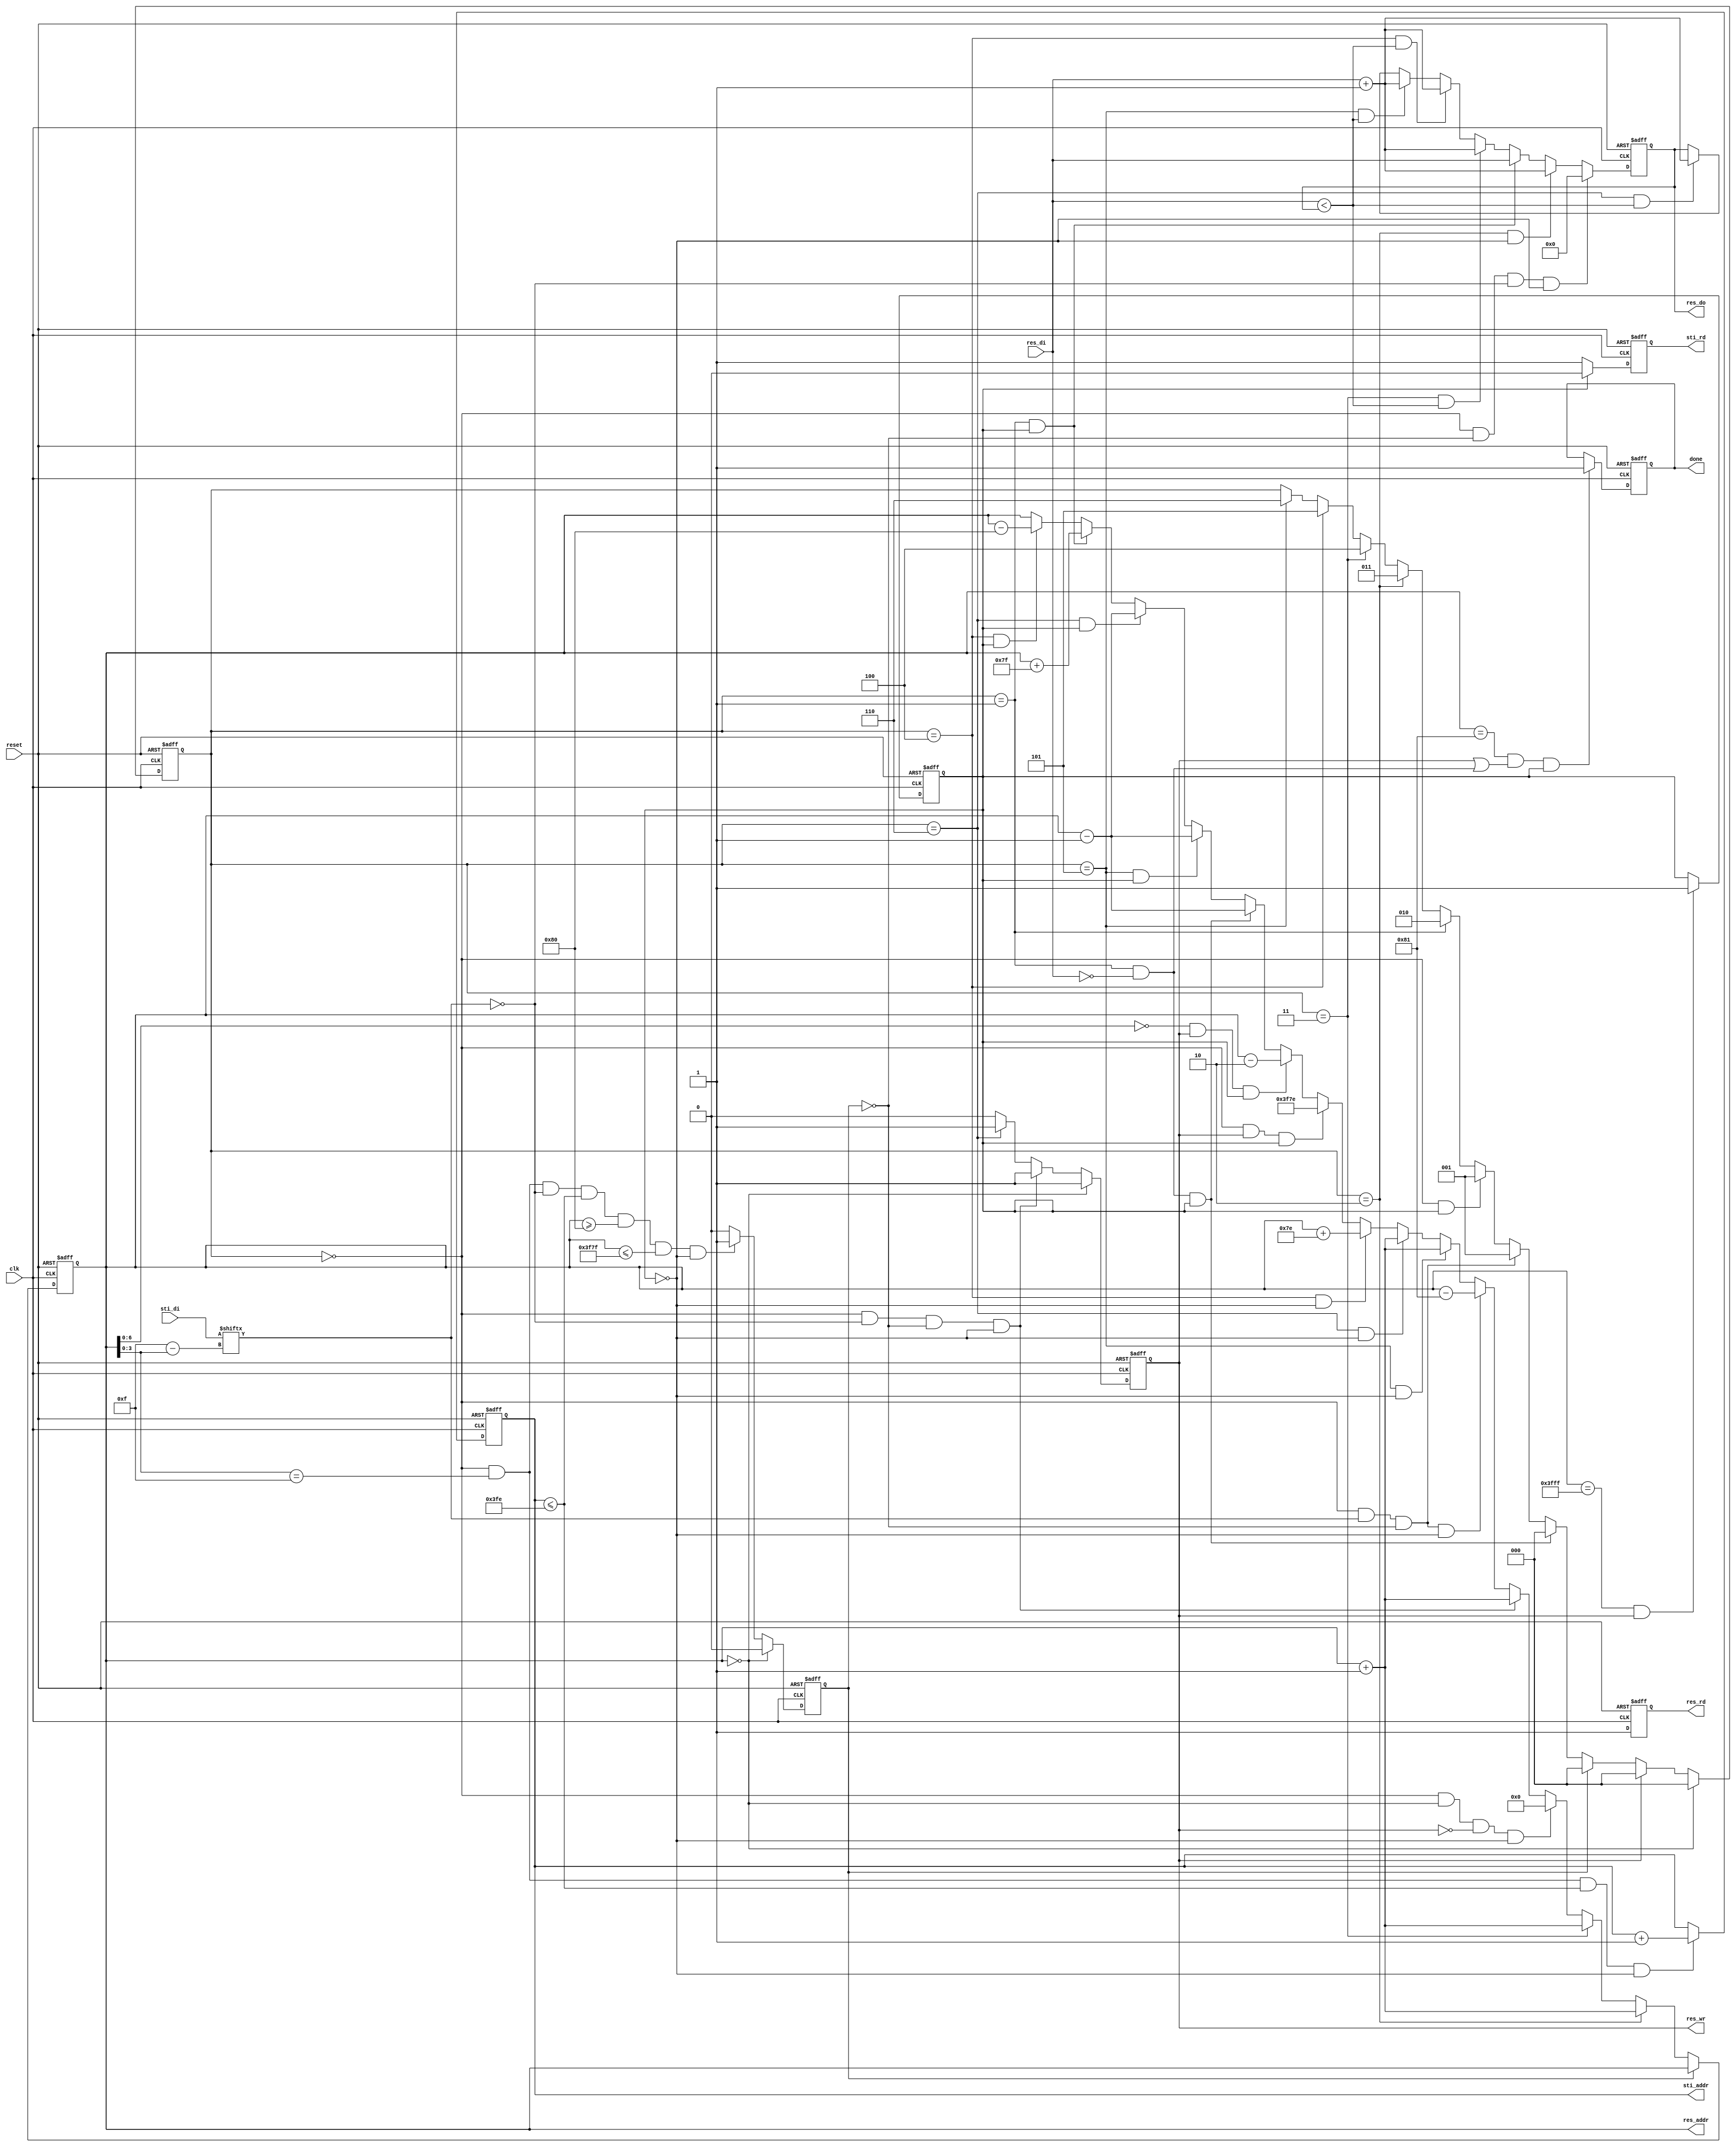
module DT(
	input 			clk, 
	input			reset,
	output	reg		done=0 ,
	output	reg		sti_rd=0 ,
	output	reg 	[9:0]	sti_addr=0 ,
	input		[15:0]	sti_di,
	output	reg		res_wr=0 ,
	output	reg		res_rd=0,
	output	reg 	[13:0]	res_addr=0 ,
	output	reg 	[7:0]	res_do=0,
	input		[7:0]	res_di
	);

reg [2:0] block_counter; 
reg forward_0_backward_1;
reg switch_sti_addr;
wire sti_a;
assign sti_a=sti_di[15-res_addr[3:0]];
wire [7:0] res_di_add;
assign res_di_add=res_di+1;
wire [13:0] res_addr_add1;
assign res_addr_add1=res_addr+1;

always @(posedge clk or negedge reset) begin
	if(!reset)
		switch_sti_addr<=0;
	else if(res_addr==0)
	    switch_sti_addr<=0;
    else if(block_counter==0 && res_addr[3:0]==15 && sti_a==0  && sti_addr<=1022 && res_addr>=128 && res_addr<=16255 && !forward_0_backward_1 )
		switch_sti_addr<=1;
	else
		switch_sti_addr<=0;
end
always @(posedge clk or negedge reset) begin
	if(!reset)
		block_counter<=0;
	else if(res_addr==0)
		block_counter<=0;
	else if(res_wr)
		block_counter<=0;//f:object pixel,sti_di==0 or sti_di==1 and whether_in_continue_block==1 finish //b:object pixel
	else if(switch_sti_addr)
		block_counter<=0;//f:object pixel,sti_di==0 or sti_di==1 and whether_in_continue_block==1 finish //b:object pixel
	else if(block_counter==1 && res_di==0 && forward_0_backward_1)
		block_counter<=0;//f:object pixel,sti_di==0 or sti_di==1 and whether_in_continue_block==1 finish //b:object pixel
	else if(block_counter==0 && sti_a!=0 && !switch_sti_addr )
		block_counter<=1;//f:NW 
	else if(block_counter==0 && forward_0_backward_1)
		block_counter<=1;//f:NW 
	else if(block_counter==1)
		block_counter<=2;//f:N 
	else if(block_counter==2)
		block_counter<=3;
	else if(block_counter==3 )
		block_counter<=4;//f:W or (whether_in_continue_block==2 || whether_in_continue_block==3) finish 
	else if(block_counter==4 )
		block_counter<=5;//f:normal finish 
	else if(block_counter==5)
		block_counter<=6;//f:have 0 finish //b:normal finish
	else
		block_counter<=block_counter;
end
always @(posedge clk or negedge reset) begin
	if(!reset)
		sti_rd<=0;
	else if(!forward_0_backward_1)
		sti_rd<=1;
	else if(forward_0_backward_1)
		sti_rd<=0;
	else
		sti_rd<=sti_rd;
end
always @(posedge clk or negedge reset) begin
	if(!reset)
		sti_addr<=0;
	else if(block_counter==0 && res_addr[3:0]==15 && sti_addr<=1022 && !forward_0_backward_1 )
		sti_addr<=sti_addr+1;
	else 
		sti_addr<=sti_addr;
end
always @(negedge clk or negedge reset) begin
	if(!reset)
		res_wr<=0;
	else if(res_addr==0)
	    res_wr<=1;
	else if(block_counter==0 && sti_a==0 && !switch_sti_addr && !forward_0_backward_1)
		res_wr<=1;
	else if(block_counter==6)
		res_wr<=1;
	else
		res_wr<=0;
end
always @(posedge clk or negedge reset) begin
	if(!reset)
		res_rd<=0;
	else
		res_rd<=1;
end
always @(posedge clk or negedge reset) begin
	if(!reset)
		res_addr<=0;
	else if(switch_sti_addr)
		res_addr<=res_addr;
	else if(block_counter==2 )
		res_addr<=res_addr_add1;
	else if(block_counter==3 )
		res_addr<=res_addr_add1;
    else if(block_counter==0 && res_addr==0 && !res_wr && !forward_0_backward_1)
		res_addr<=0;
	else if(block_counter==0 && sti_a==0 && !switch_sti_addr && !forward_0_backward_1)
		res_addr<=res_addr_add1;
	else if(block_counter==0 && sti_a!=0 && !switch_sti_addr && !forward_0_backward_1)
		res_addr<=res_addr-129;
	else if(block_counter==5 && !forward_0_backward_1)
		res_addr<=res_addr_add1;
	else if(block_counter==6 && !forward_0_backward_1)
		res_addr<=res_addr_add1;
	else if(block_counter==4 && !forward_0_backward_1)
		res_addr<=res_addr+126;
	else if(block_counter==0 && res_wr && forward_0_backward_1)
		res_addr<=16254;
	//else if(res_addr==129 && res_wr && forward_0_backward_1)
	//	res_addr<=res_addr;
	else if(res_addr[6:0]==0 && res_wr && forward_0_backward_1)
		res_addr<=res_addr-2;
	else if(block_counter==1 && res_di==0 && forward_0_backward_1)
		res_addr<=res_addr-1;
	else if(block_counter==5 && forward_0_backward_1)
		res_addr<=res_addr-1;
	else if(block_counter==6 && forward_0_backward_1)
		res_addr<=res_addr-1;
	else if(block_counter==1 && forward_0_backward_1)//block_counter==1 still at object pixel 
		res_addr<=res_addr+127;
	else if(block_counter==4 && forward_0_backward_1)
		res_addr<=res_addr-128;
	else
		res_addr<=res_addr;
end
always @(negedge clk or negedge reset) begin
	if(!reset)
		res_do<=0;
	else if(block_counter==0 && !switch_sti_addr && sti_a==0  && !forward_0_backward_1)
		res_do<=0;
	else if(block_counter==2 && !forward_0_backward_1)
		res_do<=res_di_add;
	else if(block_counter==1 && forward_0_backward_1)
		res_do<=res_di;
	else if(block_counter==3 && res_di<res_do )
		res_do<=res_di_add;
	else if(block_counter==4 && res_di<res_do )
		res_do<=res_di_add;
	else if(block_counter==5 && res_di<res_do)
		res_do<=res_di_add;
	else if(block_counter==6 && res_di<res_do)
		res_do<=res_di_add;
	else
		res_do<=res_do;
end

always @(posedge clk or negedge reset) begin
	if(!reset)
		forward_0_backward_1<=0;
	//else if(res_addr==0)
	//	forward_0_backward_1<=0;
	else if(res_addr==16383 && res_wr)
		forward_0_backward_1<=1;
	else
		forward_0_backward_1<=forward_0_backward_1;
end
always @(posedge clk or negedge reset) begin
	if(!reset)
		done<=0;
	else if(res_addr==129 && (res_wr || (block_counter==1 && res_di==0)) && forward_0_backward_1)
		done<=1;
	else
		done<=done;
end
endmodule